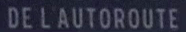
DE L'AUTOROUTE